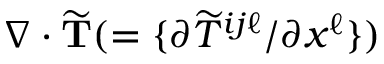
\nabla \cdot \widetilde { \bf { T } } ( = \{ { \partial \widetilde { T } ^ { i j \ell } / \partial x ^ { \ell } } \} )